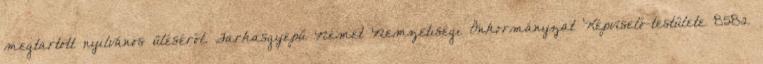
megtartott nyilvános üléséről. Farkasgyepű Német Nemzetiségi Önkormányzat Képviselő-testülete 8582